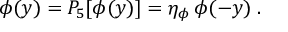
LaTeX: \phi ( y ) = P _ { 5 } [ \phi ( y ) ] = \eta _ { \phi } \, \phi ( - y ) \; .